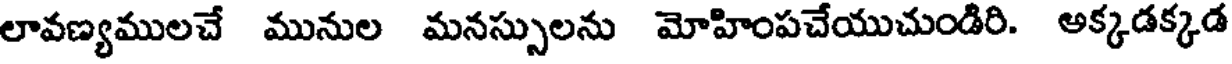
లావణ్యములచే మునుల మనస్సులను మోహింపచేయుచుండిరి. అక్కడక్కడ